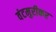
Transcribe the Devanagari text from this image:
वंटमुरीकर